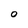
Character: O